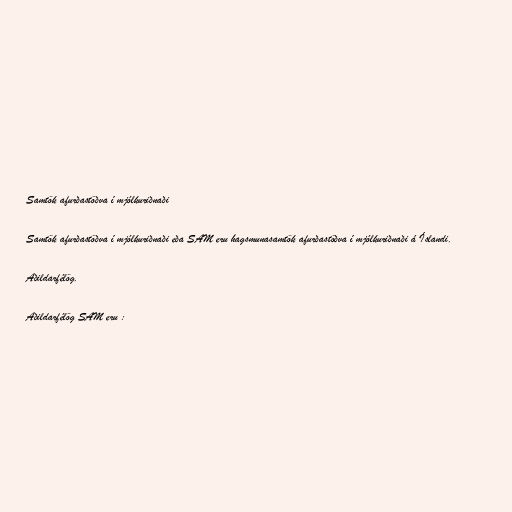
Samtök afurðastöðva í mjólkuriðnaði

Samtök afurðastöðva í mjólkuriðnaði eða SAM eru hagsmunasamtök afurðastöðva í mjólkuriðnaði á Íslandi.

Aðildarfélög.

Aðildarfélög SAM eru :